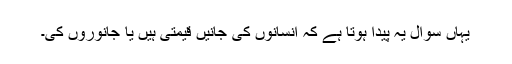
یہاں سوال یہ پیدا ہوتا ہے کہ انسانوں کی جانیں قیمتی ہیں یا جانوروں کی۔